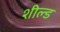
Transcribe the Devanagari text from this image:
शील्‍ड